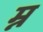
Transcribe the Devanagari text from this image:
म्न